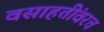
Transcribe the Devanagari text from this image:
वसाहतींवरच